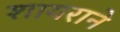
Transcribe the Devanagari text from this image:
शायराने